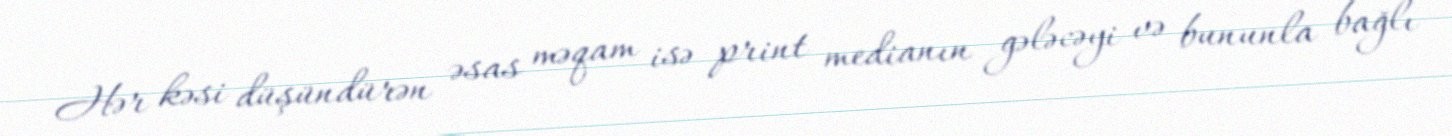
Hər kəsi düşündürən əsas məqam isə print medianın gələcəyi və bununla bağlı